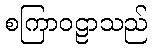
စကြာဝဠာသည်